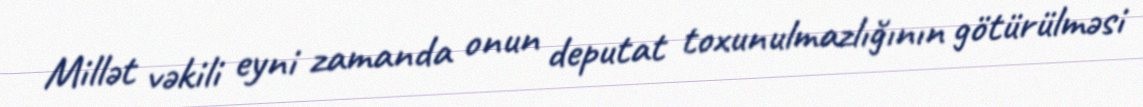
Millət vəkili eyni zamanda onun deputat toxunulmazlığının götürülməsi